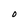
Character: 0